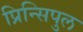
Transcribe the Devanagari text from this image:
प्रिन्सिपुल